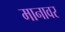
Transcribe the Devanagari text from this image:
मानावर